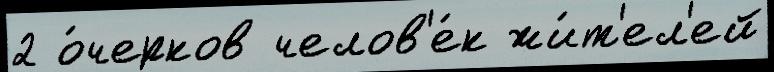
2 о́черков челов'е́к жи́т'ел'ей